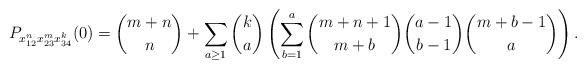
LaTeX: \begin{gather*} P_{x_{12}^{n} x_{23}^{m} x_{34}^{k}}(0)= {m+n \choose n}+\sum_{a \ge 1} {k \choose a} \left(\sum_{b=1}^{a}{m+n+1 \choose m+b} {a-1 \choose b-1} {m+b-1 \choose a} \right) .\end{gather*}